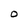
Character: O